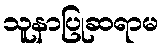
သူနာပြုဆရာမ